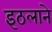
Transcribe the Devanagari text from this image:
इठलाने